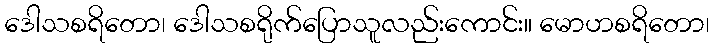
ဒေါသစရိတော၊ ဒေါသစရိုက်ပြောသူလည်းကောင်း။ မောဟစရိတော၊